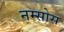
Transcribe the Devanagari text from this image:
नम्सोस